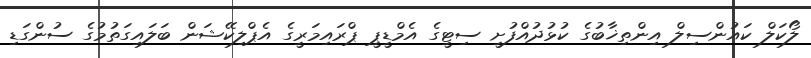
ލޯކަލް ކައުންސިލް އިންތިޚާބުގެ ކުޅުދުއްފުށީ ސިޓީގެ އެމްޑީޕީ ޕްރައިމަރީގެ އެޕްލިކޭޝަން ބަލައިގަތުމުގެ ސުންގަޑި